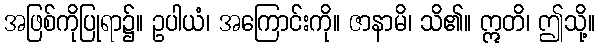
အဖြစ်ကိုပြုရာ၌။ ဥပါယံ၊ အကြောင်းကို။ ဇာနာမိ၊ သိ၏။ ဣတိ၊ ဤသို့။